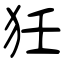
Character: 狅